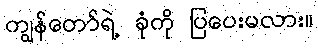
ကျွန်တော်ရဲ့ ခုံကို ပြပေးမလား။